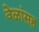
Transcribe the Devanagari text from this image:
वेळांसह